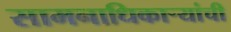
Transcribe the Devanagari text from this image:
सामनाधिकार्‍यांची